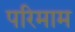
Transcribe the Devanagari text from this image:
परिमाम